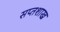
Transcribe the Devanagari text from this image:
सप्तशाख